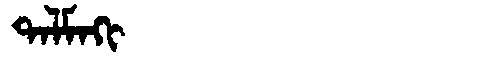
Manchu: ᡨᠠᠯᠮᠠᡴᡳ
Romanization: TALMAKI